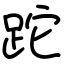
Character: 跎